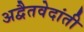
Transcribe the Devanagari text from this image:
अद्वैतवेदांती